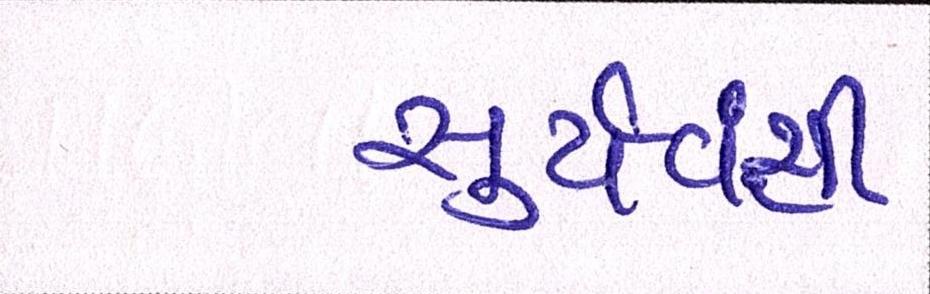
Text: સુર્યવંશી